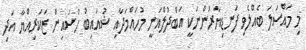
މި މައްސަލަ ބެއްލެވި ފަނޑިޔާރުންނަކީ އަބްދުލްޣަނީ މުހައްމަދާއި ޝުއައިބު ހުސައިން ޒަކަރިއްޔާ އަދި